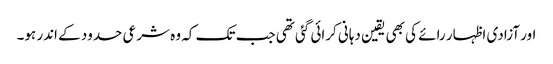
اور آزادی اظہار رائے کی بھی یقین دہانی کرائی گئی تھی جب تک کہ وہ شرعی حدود کے اندر ہو۔